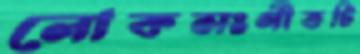
লোকসংগীতটি